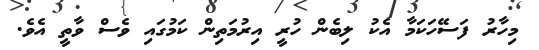
މިހާރު ފަސޭހަކަމާ އެކު ލިބެން ހުރީ އިރުމަތިން ކަމުގައި ވެސް ވާތީ އެވެ.